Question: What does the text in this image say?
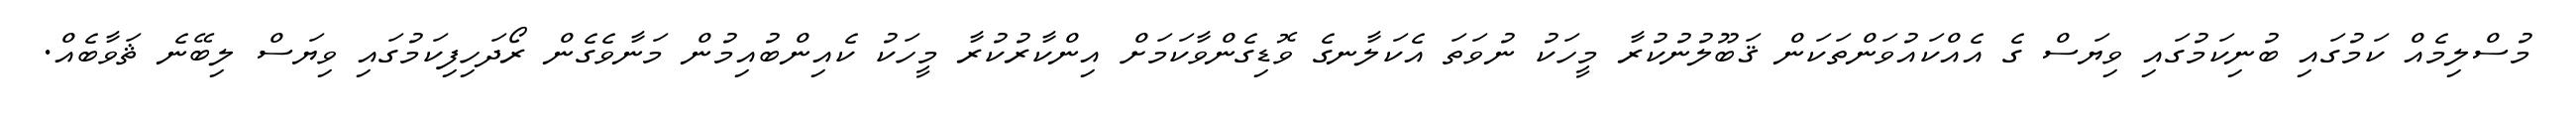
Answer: މުސްލިމެއް ކަމުގައި ބުނިކަމުގައި ވިޔަސް ގެ އެއްކައުވަންތަކަން ޤަބޫލުނުކުރާ މީހަކު ނުވަތަ އެކަލާނގެ ވޮޑިގެންވާކަމަށް އިންކާރުކުރާ މީހަކު ކެއިންބުއިމުން މަނާވެގެން ރޯދަހިފިކަމުގައި ވިޔަސް ލިބޭނެ ޘަވާބެއް.